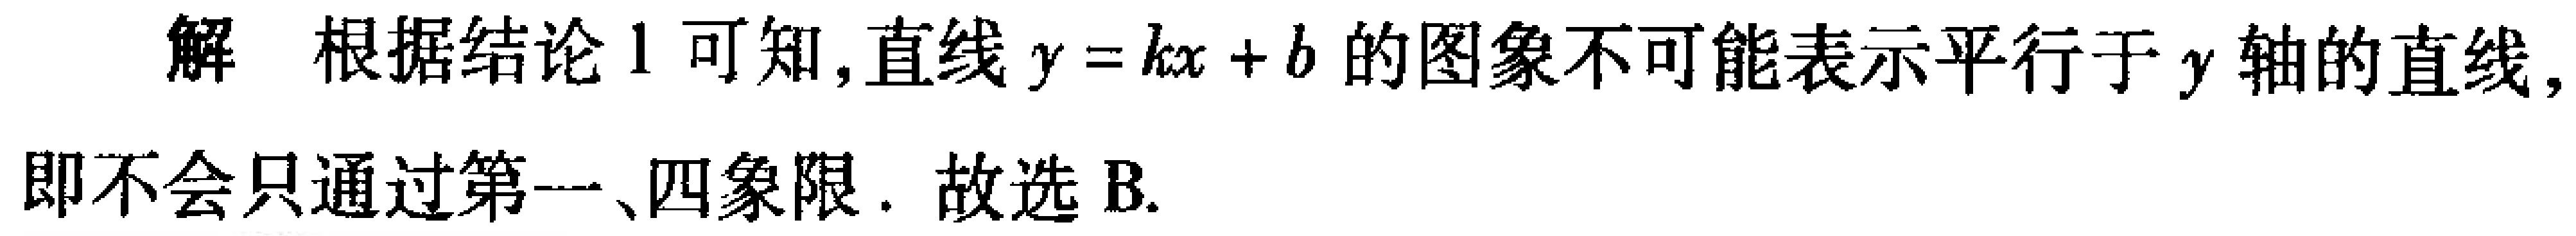
解 根据结论 1 可知,直线 \(y = kx + b\) 的图象不可能表示平行于 \(y\) 轴的直线,即不会只通过第一、四象限. 故选 B.